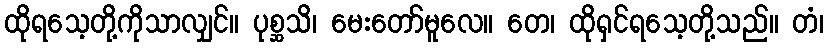
ထိုရသေ့တို့ကိုသာလျှင်။ ပုစ္ဆသိ၊ မေးတော်မူလေ။ တေ၊ ထိုရှင်ရသေ့တို့သည်။ တံ၊